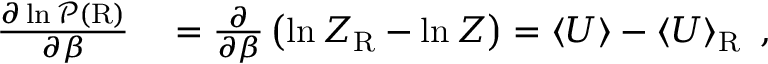
\begin{array} { r l } { \frac { \partial \ln \mathcal { P } ( \mathrm { R } ) } { \partial \beta } } & { { } = \frac { \partial } { \partial \beta } \left( \ln Z _ { \mathrm { R } } - \ln Z \right) = \left< U \right> - \left< U \right> _ { \mathrm { R } } \ , } \end{array}